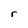
Character: r